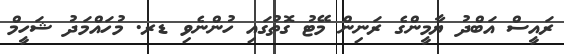
ރައީސް އަބްދު ޔާމީންގެ ރަނިން މޭޓު ގޮތުގައި ހުންނެވި ޑރ. މުހައްމަދު ޝަހީމް